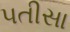
પતીસા